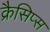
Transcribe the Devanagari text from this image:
क्रैसिप्स